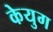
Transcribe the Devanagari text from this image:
केयुग